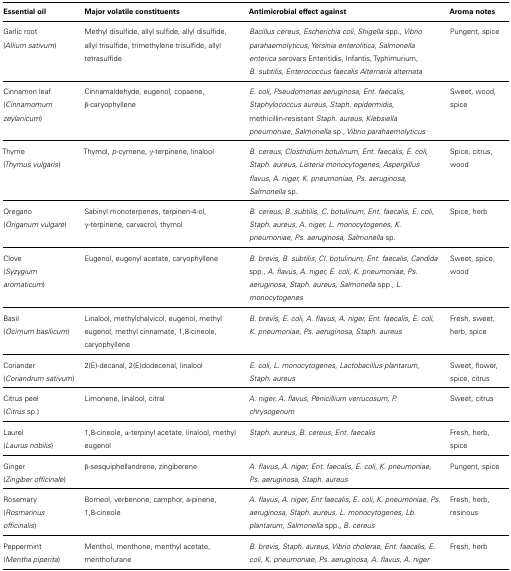
<table><thead><tr><td><b>Essential oil</b></td><td><b>Major volatile constituents</b></td><td><b>Antimicrobial effect against</b></td><td><b>Aroma notes</b></td></tr></thead><tbody><tr><td>Garlic root (<i>Allium sativum</i>)</td><td>Methyl disulfide, allyl sulfide, allyl disulfide, allyl trisulfide, trimethylene trisulfide, allyl tetrasulfide</td><td><i>Bacillus cereus, Escherichia coli, Shigella</i> spp., <i>Vibrio parahaemolyticus, Yersinia enterolitica, Salmonella enterica</i> serovars Enteritidis, Infantis, Typhimurium, <i>B. subtilis, Enterococcus faecalis Alternaria alternata</i></td><td>Pungent, spice</td></tr><tr><td>Cinnamon leaf (<i>Cinnamomum zeylanicum</i>)</td><td>Cinnamaldehyde, eugenol, copaene, <i>β</i>-caryophyllene</td><td><i>E. coli, Pseudomonas aeruginosa, Ent. faecalis, Staphylococcus aureus, Staph. epidermidis,</i> methicillin-resistant <i>Staph. aureus, Klebsiella pneumoniae, Salmonella</i> sp., <i>Vibrio parahaemolyticus</i></td><td>Sweet, wood, spice</td></tr><tr><td>Thyme (<i>Thymus vulgaris</i>)</td><td>Thymol, <i>p</i>-cymene, <i>γ</i> -terpinene, linalool</td><td><i>B. cereus, Clostridium botulinum, Ent. faecalis, E. coli, Staph. aureus, Listeria monocytogenes</i>, <i>Aspergillus flavus, A. niger, K. pneumoniae, Ps. aeruginosa, Salmonella</i> sp.</td><td>Spice, citrus, wood</td></tr><tr><td>Oregano (<i>Origanum vulgare</i>)</td><td>Sabinyl monoterpenes, terpinen-4-ol, <i>γ</i>-terpinene, carvacrol, thymol</td><td><i>B. cereus, B. subtilis, C. botulinum, Ent. faecalis, E. coli, Staph. aureus, A. niger, L. monocytogenes, K. pneumoniae, ps. aeruginosa, Salmonella</i> sp.</td><td>Spice, herb</td></tr><tr><td>Clove (<i>Syzygium aromaticum</i>)</td><td>Eugenol, eugenyl acetate, caryophyllene</td><td><i>B. brevis, B. subtilis, Cl. botulinum, Ent. faecalis, Candida</i> spp., <i>A. flavus, A. niger, E. coli, K. pneumoniae, Ps. aeruginosa, Staph. aureus, Salmonella</i> spp., <i>L. monocytogenes</i></td><td>Sweet, spice, wood</td></tr><tr><td>Basil (<i>Ocimum basilicum</i>)</td><td>Linalool, methylchalvicol, eugenol, methyl eugenol, methyl cinnamate, 1,8-cineole, caryophyllene</td><td><i>B. brevis, E. coli, A. flavus, A. niger, Ent. faecalis, E. coli, K. pneumoniae, Ps. aeruginosa, Staph. aureus</i></td><td>Fresh, sweet, herb, spice</td></tr><tr><td>Coriander (<i>Coriandrum sativum</i>)</td><td>2(E)-decanal, 2(E)dodecenal, linalool</td><td><i>E. coli, L. monocytogenes, Lactobacillus plantarum, Staph. aureus</i></td><td>Sweet, flower, spice, citrus</td></tr><tr><td>Citrus peel (<i>Citrus</i> sp.)</td><td>Limonene, linalool, citral</td><td><i>A. niger, A. flavus, Penicillium verrucosum, P. chrysogenum</i></td><td>Sweet, citrus </td></tr><tr><td>Laurel (<i>Laurus nobilis</i>)</td><td>1,8-cineole, α-terpinyl acetate, linalool, methyl eugenol</td><td><i>Staph. aureus, B. cereus, Ent. faecalis</i></td><td>Fresh, herb, spice</td></tr><tr><td>Ginger (<i>Zingiber officinale</i>)</td><td>β-sesquiphellandrene, zingiberene</td><td><i>A. flavus, A. niger, Ent. faecalis, E. coli, K. pneumoniae, Ps. aeruginosa, Staph. aureus</i></td><td>Pungent, spice</td></tr><tr><td>Rosemary (<i>Rosmarinus officinalis</i>) </td><td>Borneol, verbenone, camphor, a-pinene, 1,8-cineole</td><td><i>A. flavus, A. niger, Ent faecalis, E. coli, K. pneumoniae, Ps. aeruginosa, Staph. aureus, L. monocytogenes, Lb. plantarum, Salmonella</i> spp., <i>B. cereus</i></td><td>Fresh, herb, resinous</td></tr><tr><td>Peppermint (<i>Mentha piperita</i>)</td><td>Menthol, menthone, menthyl acetate, menthofurane</td><td><i>B. brevis, Staph. aureus, Vibrio cholerae, Ent. faecalis, E. coli, K. pneumoniae, Ps. aeruginosa, A. flavus, A. niger</i></td><td>Fresh, herb</td></tr></tbody></table>